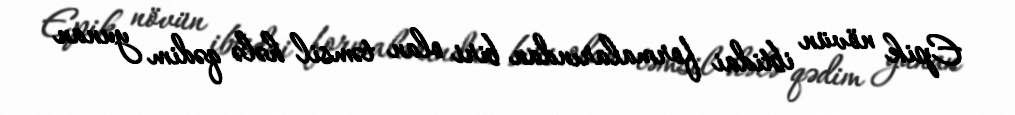
Epik növün ibtidai formalarından biri olan təmsil hələ qədim yunan